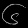
Digit: ၆